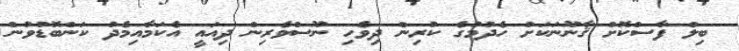
ބިލް ފާސްކޮށް ޤާނޫނަކަށް ހެދުމުގެ ކުރިން ދިވެހި ނޫސްވެރިން ދިއައީ އެކަމާއިމެދު ކަންބޮޑުވުން